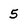
Character: 5